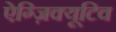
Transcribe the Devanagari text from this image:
ऐग्ज़िक्यूटिव